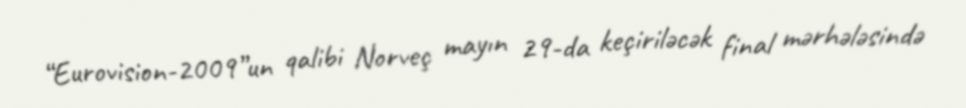
“Eurovision-2009”un qalibi Norveç mayın 29-da keçiriləcək final mərhələsində